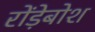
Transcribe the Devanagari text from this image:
रोंड़ेबोश